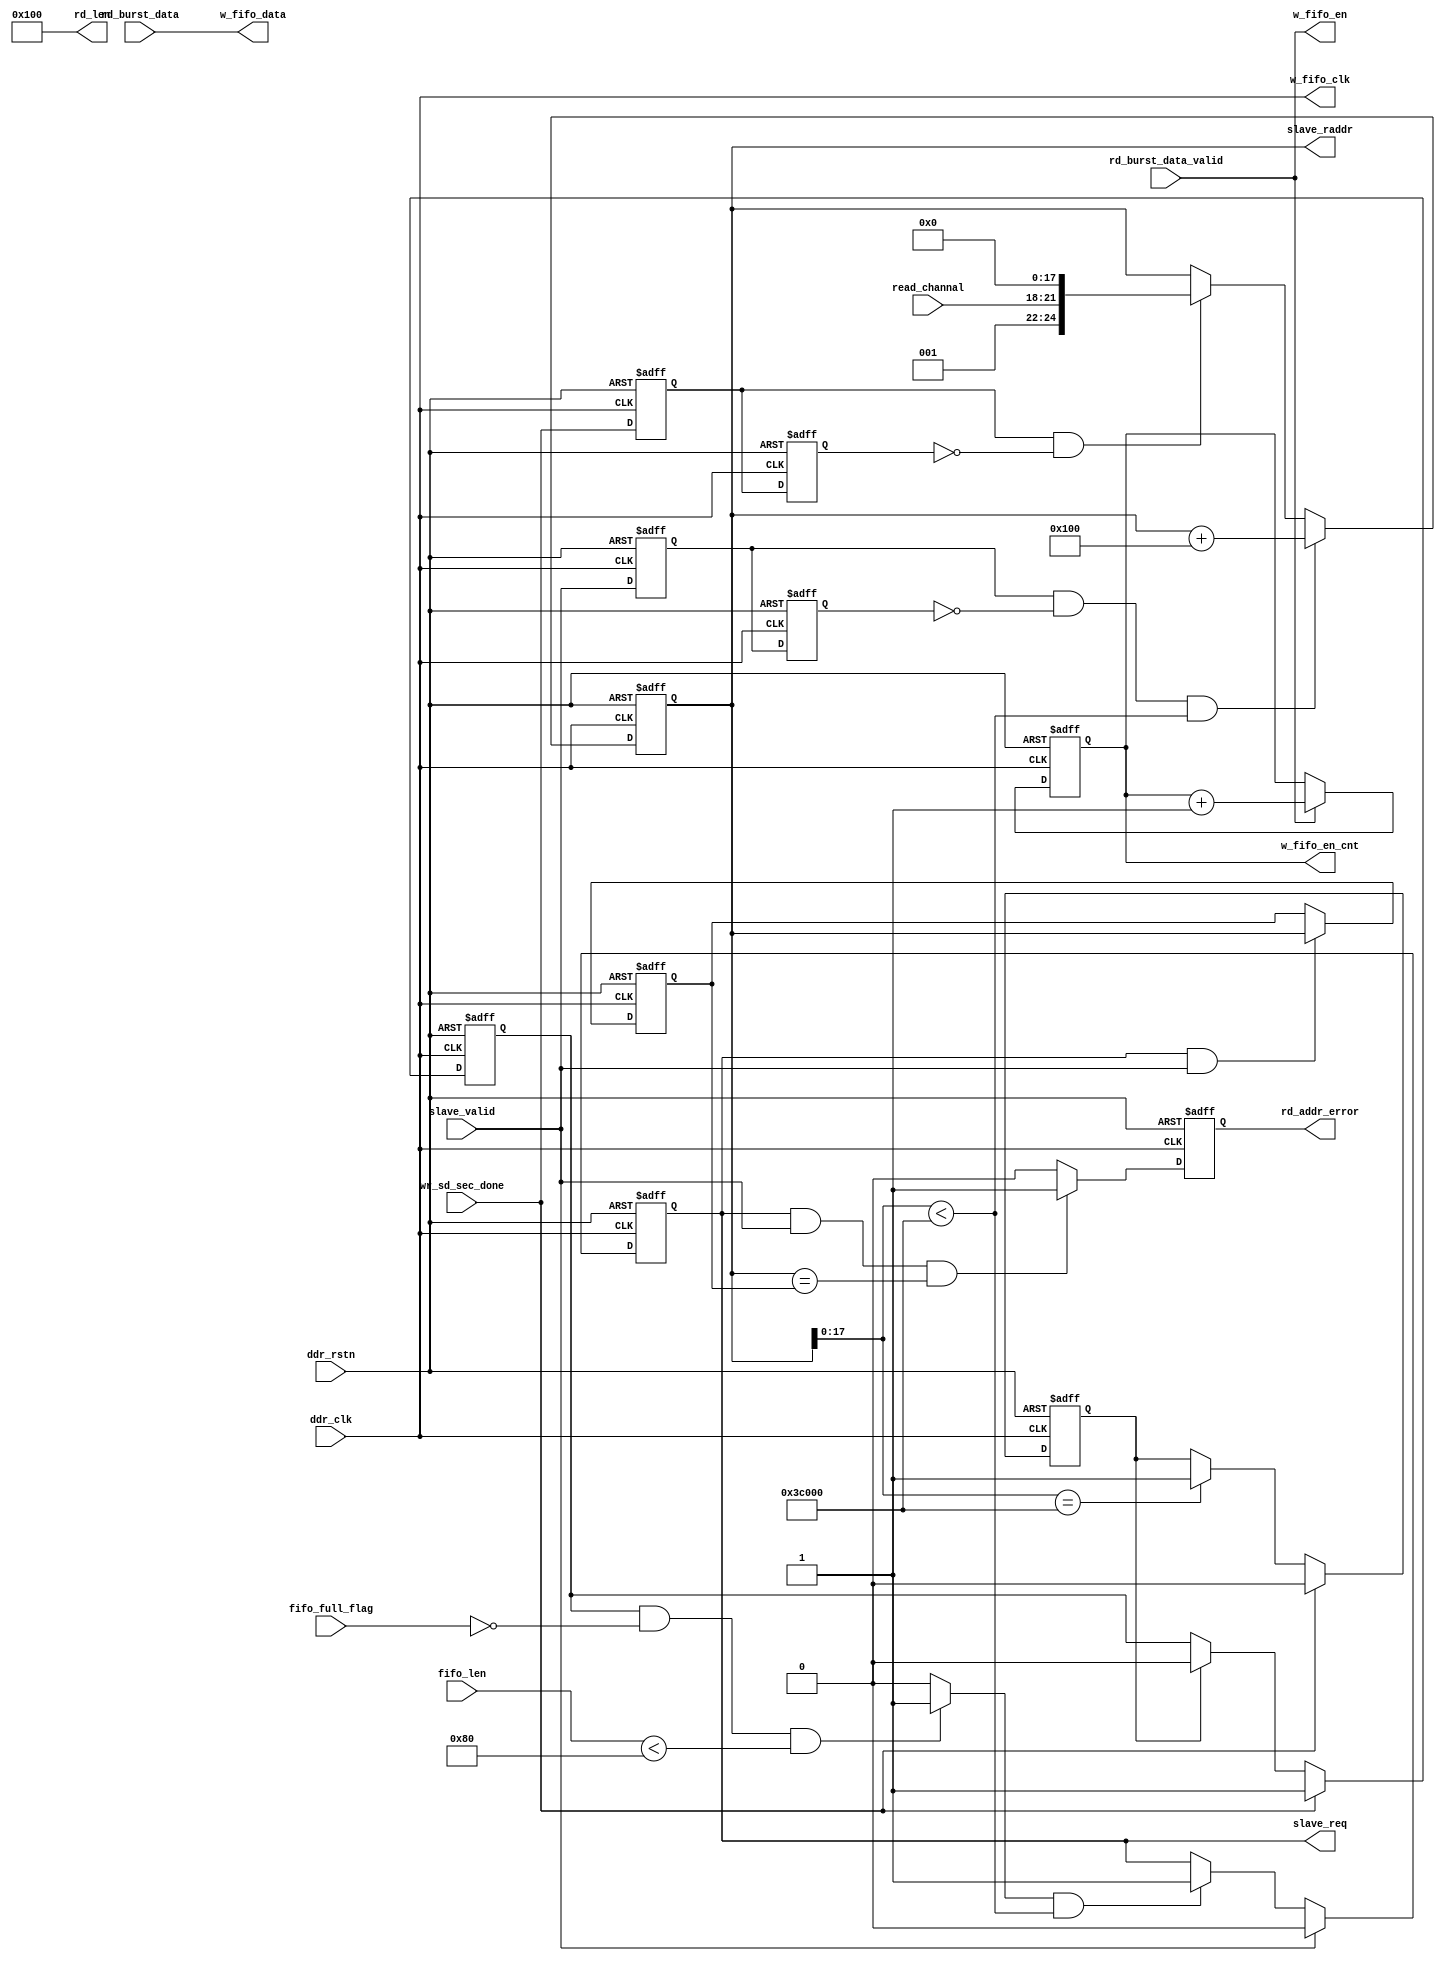
module sd_rdaddr_slave1
#(
    parameter MAXADDR  = 18'd245_760                  //1280*768      64*48/4=768
)  
(    
    //ddr_wr_ctrl                                        
    input wire               ddr_clk                         ,
    input wire               ddr_rstn                        ,
    input wire               rd_burst_data_valid             ,
    input wire  [31 :0]      rd_burst_data                   ,
    //w_fifo                                                
    output wire              w_fifo_clk                      ,
    output wire              w_fifo_en                       ,
    output wire [31 :0]      w_fifo_data                     ,
    //arbitrate _ port 
    output reg               slave_req                       ,
    input  wire              slave_valid                     ,
    output reg  [24 :0]      slave_raddr                     ,
    output wire [9 : 0]      rd_len                          ,
    //fifo_32w16r                                            
    input  wire [8 : 0]      fifo_len                        ,
    input  wire              fifo_full_flag                  ,
    input  wire [3 :0 ]      read_channal                    ,  //
    input  wire              wr_sd_sec_done                  ,
    output reg  [19:0 ]      w_fifo_en_cnt                   ,
    output reg               rd_addr_error       
); 


reg arbitrate_valid_d0,arbitrate_valid_d1;
wire valid_pos ;
reg wr_sd_sec_done_d0,wr_sd_sec_done_d1;
wire wr_sd_sec_done_pos ;
parameter               rd_byte_number = 9'd128       ;         //SD 8 * 512  DDR3232*128 
parameter               initial_addr   = 18'd0        ;
parameter               reg_slave_sel_rd_bank = 2'b00 ;
wire [24:0]             rd_addr_sample                ;
wire                    ready_rd_flag                 ; 
reg                     frame_wr_done_reg             ;          //DDR
reg                     frame_sd_read_start_flag      ;
assign                  rd_len         = 10'd256      ;

//-----------------------------------------------
//   valid_pos
//-----------------------------------------------
always @(posedge ddr_clk or negedge ddr_rstn) begin
    if (!ddr_rstn) begin
        arbitrate_valid_d0 <= 1'b0;
        arbitrate_valid_d1 <= 1'b0;
    end 
    else begin
        arbitrate_valid_d0 <= slave_valid;
        arbitrate_valid_d1 <= arbitrate_valid_d0;
    end
end
assign valid_pos = arbitrate_valid_d0&~arbitrate_valid_d1;
//-----------------------------------------------
//   wr_sd_sec_done_pos
//-----------------------------------------------
always @(posedge ddr_clk or negedge ddr_rstn) begin
    if (!ddr_rstn) begin
        wr_sd_sec_done_d0 <= 1'b0;
        wr_sd_sec_done_d1 <= 1'b0;
    end 
    else begin
        wr_sd_sec_done_d0 <= wr_sd_sec_done;
        wr_sd_sec_done_d1 <= wr_sd_sec_done_d0;
    end
end
assign wr_sd_sec_done_pos = wr_sd_sec_done_d0&~wr_sd_sec_done_d1;

//-----------------------------------------------
//   frame_rd_done
//-----------------------------------------------
always @(posedge ddr_clk or negedge ddr_rstn) begin
    if (!ddr_rstn) begin
        slave_raddr <= 25'd0;
    end 
    else if (valid_pos&&(slave_raddr[17:0]<MAXADDR)) begin
        slave_raddr <= slave_raddr + 25'd256;
    end 
    else if (wr_sd_sec_done_pos) begin 
        slave_raddr <= rd_addr_sample ;
    end
    //else if (slave_raddr[17:0]==MAXADDR&&wr_sd_sec_done) begin 
    //    slave_raddr <= rd_addr_sample ;
    //end
    else begin
        slave_raddr <= slave_raddr;
    end
end 
//-----------------------------------------------
//  bank_switch --- slave_req
//-----------------------------------------------
always @(posedge ddr_clk or negedge ddr_rstn) begin
    if (!ddr_rstn) begin
        slave_req <= 1'b0;
    end 
    else if(slave_valid)begin
        slave_req <= 1'b0;
    end 
    else if(ready_rd_flag&&(slave_raddr[17:0]<MAXADDR))begin
        slave_req <= 1'b1;
    end 
    else begin
        slave_req <= slave_req;
    end
end  
//-----------------------------------------------
//  frame_wr_done_reg 
//-----------------------------------------------
always @(posedge ddr_clk or negedge ddr_rstn) begin
    if (!ddr_rstn) begin
        frame_wr_done_reg <= 1'b0;
    end 
    else if(wr_sd_sec_done)begin
        frame_wr_done_reg <= 1'b0;
    end 
    else if (slave_raddr[17:0]==MAXADDR) begin 
        frame_wr_done_reg <= 1'b1;
    end
    else begin
        frame_wr_done_reg <= frame_wr_done_reg;
    end
end 

//-----------------------------------------------
//  frame_wr_done_reg 
//-----------------------------------------------
always @(posedge ddr_clk or negedge ddr_rstn) begin
    if (!ddr_rstn) begin
        frame_sd_read_start_flag <= 1'b0;
    end 
    else if(wr_sd_sec_done)begin
        frame_sd_read_start_flag <= 1'b1;
    end 
    else if (frame_wr_done_reg) begin 
        frame_sd_read_start_flag <= 1'b0;
    end
    else begin
        frame_sd_read_start_flag <= frame_sd_read_start_flag;
    end
end 

always @(posedge ddr_clk or negedge ddr_rstn) begin
    if (!ddr_rstn) begin
        w_fifo_en_cnt <= 20'b0;
    end 
    else if(w_fifo_en)begin
        w_fifo_en_cnt <= w_fifo_en_cnt + 20'b1;
    end 
    //else if (frame_wr_done_reg) begin 
    //    w_fifo_en_cnt <= 20'b0;
    //end
    else begin
        w_fifo_en_cnt <= w_fifo_en_cnt;
    end
end 

////-----------test   debug-error   //

reg [24:0]reg_slave_raddr_t   ;

always @(posedge ddr_clk or negedge ddr_rstn) begin
    if (!ddr_rstn) begin
        reg_slave_raddr_t <= 25'b0;
    end 
    else if(slave_req&slave_valid)begin
        reg_slave_raddr_t <= slave_raddr ;
    end 
    else begin
        reg_slave_raddr_t <= reg_slave_raddr_t;
    end
end 

always @(posedge ddr_clk or negedge ddr_rstn) begin
    if (!ddr_rstn) begin
        rd_addr_error <= 1'b0;
    end 
    else if(slave_req&&slave_valid&&(slave_raddr == reg_slave_raddr_t))begin
        rd_addr_error <= 1'b1 ;
    end 
    else begin
        rd_addr_error <= 1'b0;
    end
end 

////-----------test   debug-error   //



assign ready_rd_flag  = (frame_sd_read_start_flag&&(!fifo_full_flag)&&(fifo_len<rd_byte_number))?1'b1:1'b0;
assign w_fifo_clk     = ddr_clk            ;
assign w_fifo_en      = rd_burst_data_valid;
assign w_fifo_data    = rd_burst_data      ;
assign addr_u1        = rd_addr_sample[17:0] + MAXADDR ;                                    //BANK
assign rd_addr_sample = {reg_slave_sel_rd_bank,1'b1,read_channal,initial_addr};             //initial read_address
//-----------------------------------------------------------------------------
//DDRSDBANK3b001


endmodule